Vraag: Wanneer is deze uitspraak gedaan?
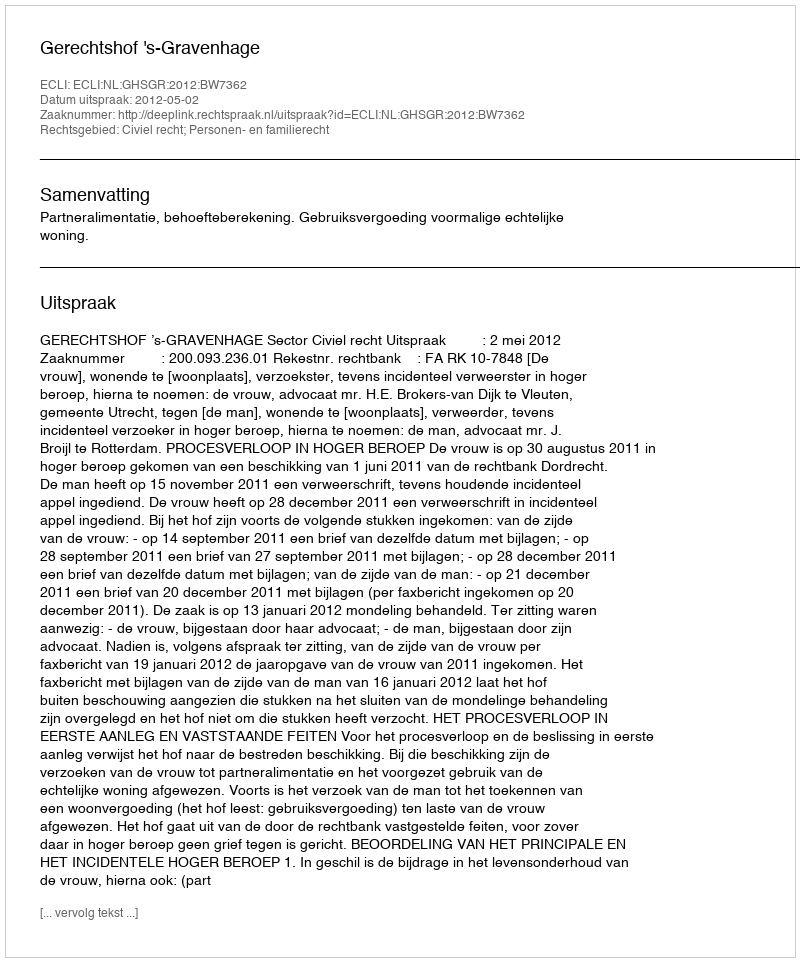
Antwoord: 2012-05-02